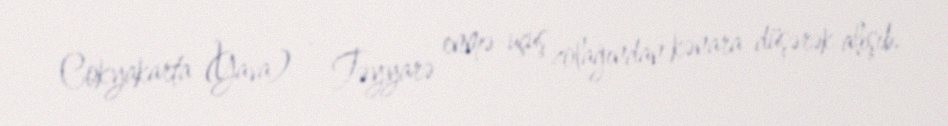
Cokyakarta (Yava) - Təyyarə enmə-uçuş zolağından kənara düşərək alışıb.